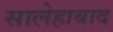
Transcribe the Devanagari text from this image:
सालेहाबाद